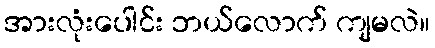
အားလုံးပေါင်း ဘယ်လောက် ကျမလဲ။